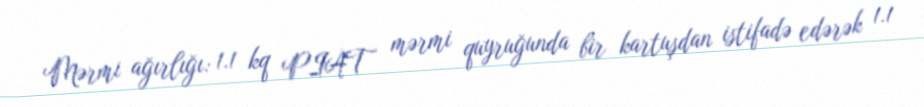
Mərmi ağırlığı: 1.1 kq PIAT mərmi quyruğunda bir kartuşdan istifadə edərək 1.1